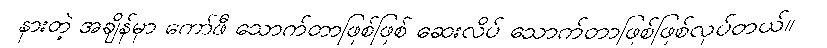
နားတဲ့ အချိန်မှာ ကော်ဖီ သောက်တာဖြစ်ဖြစ် ဆေးလိပ် သောက်တာဖြစ်ဖြစ်လုပ်တယ်။